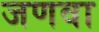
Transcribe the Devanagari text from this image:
जणवा